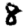
Digit: 8